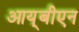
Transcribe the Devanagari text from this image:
आय्‌बीएन